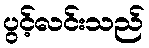
ပွင့်လင်းသည်